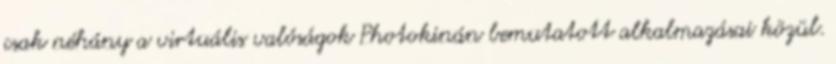
csak néhány a virtuális valóságok Photokinán bemutatott alkalmazásai közül.